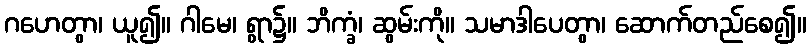
ဂဟေတွာ၊ ယူ၍။ ဂါမေ၊ ရွာ၌။ ဘိက္ခံ၊ ဆွမ်းကို။ သမာဒါပေတွာ၊ ဆောက်တည်စေ၍။